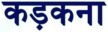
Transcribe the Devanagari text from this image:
कड़कना